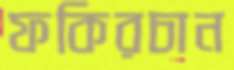
ফকিরচান